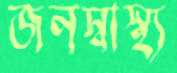
জনস্বাস্থ্য